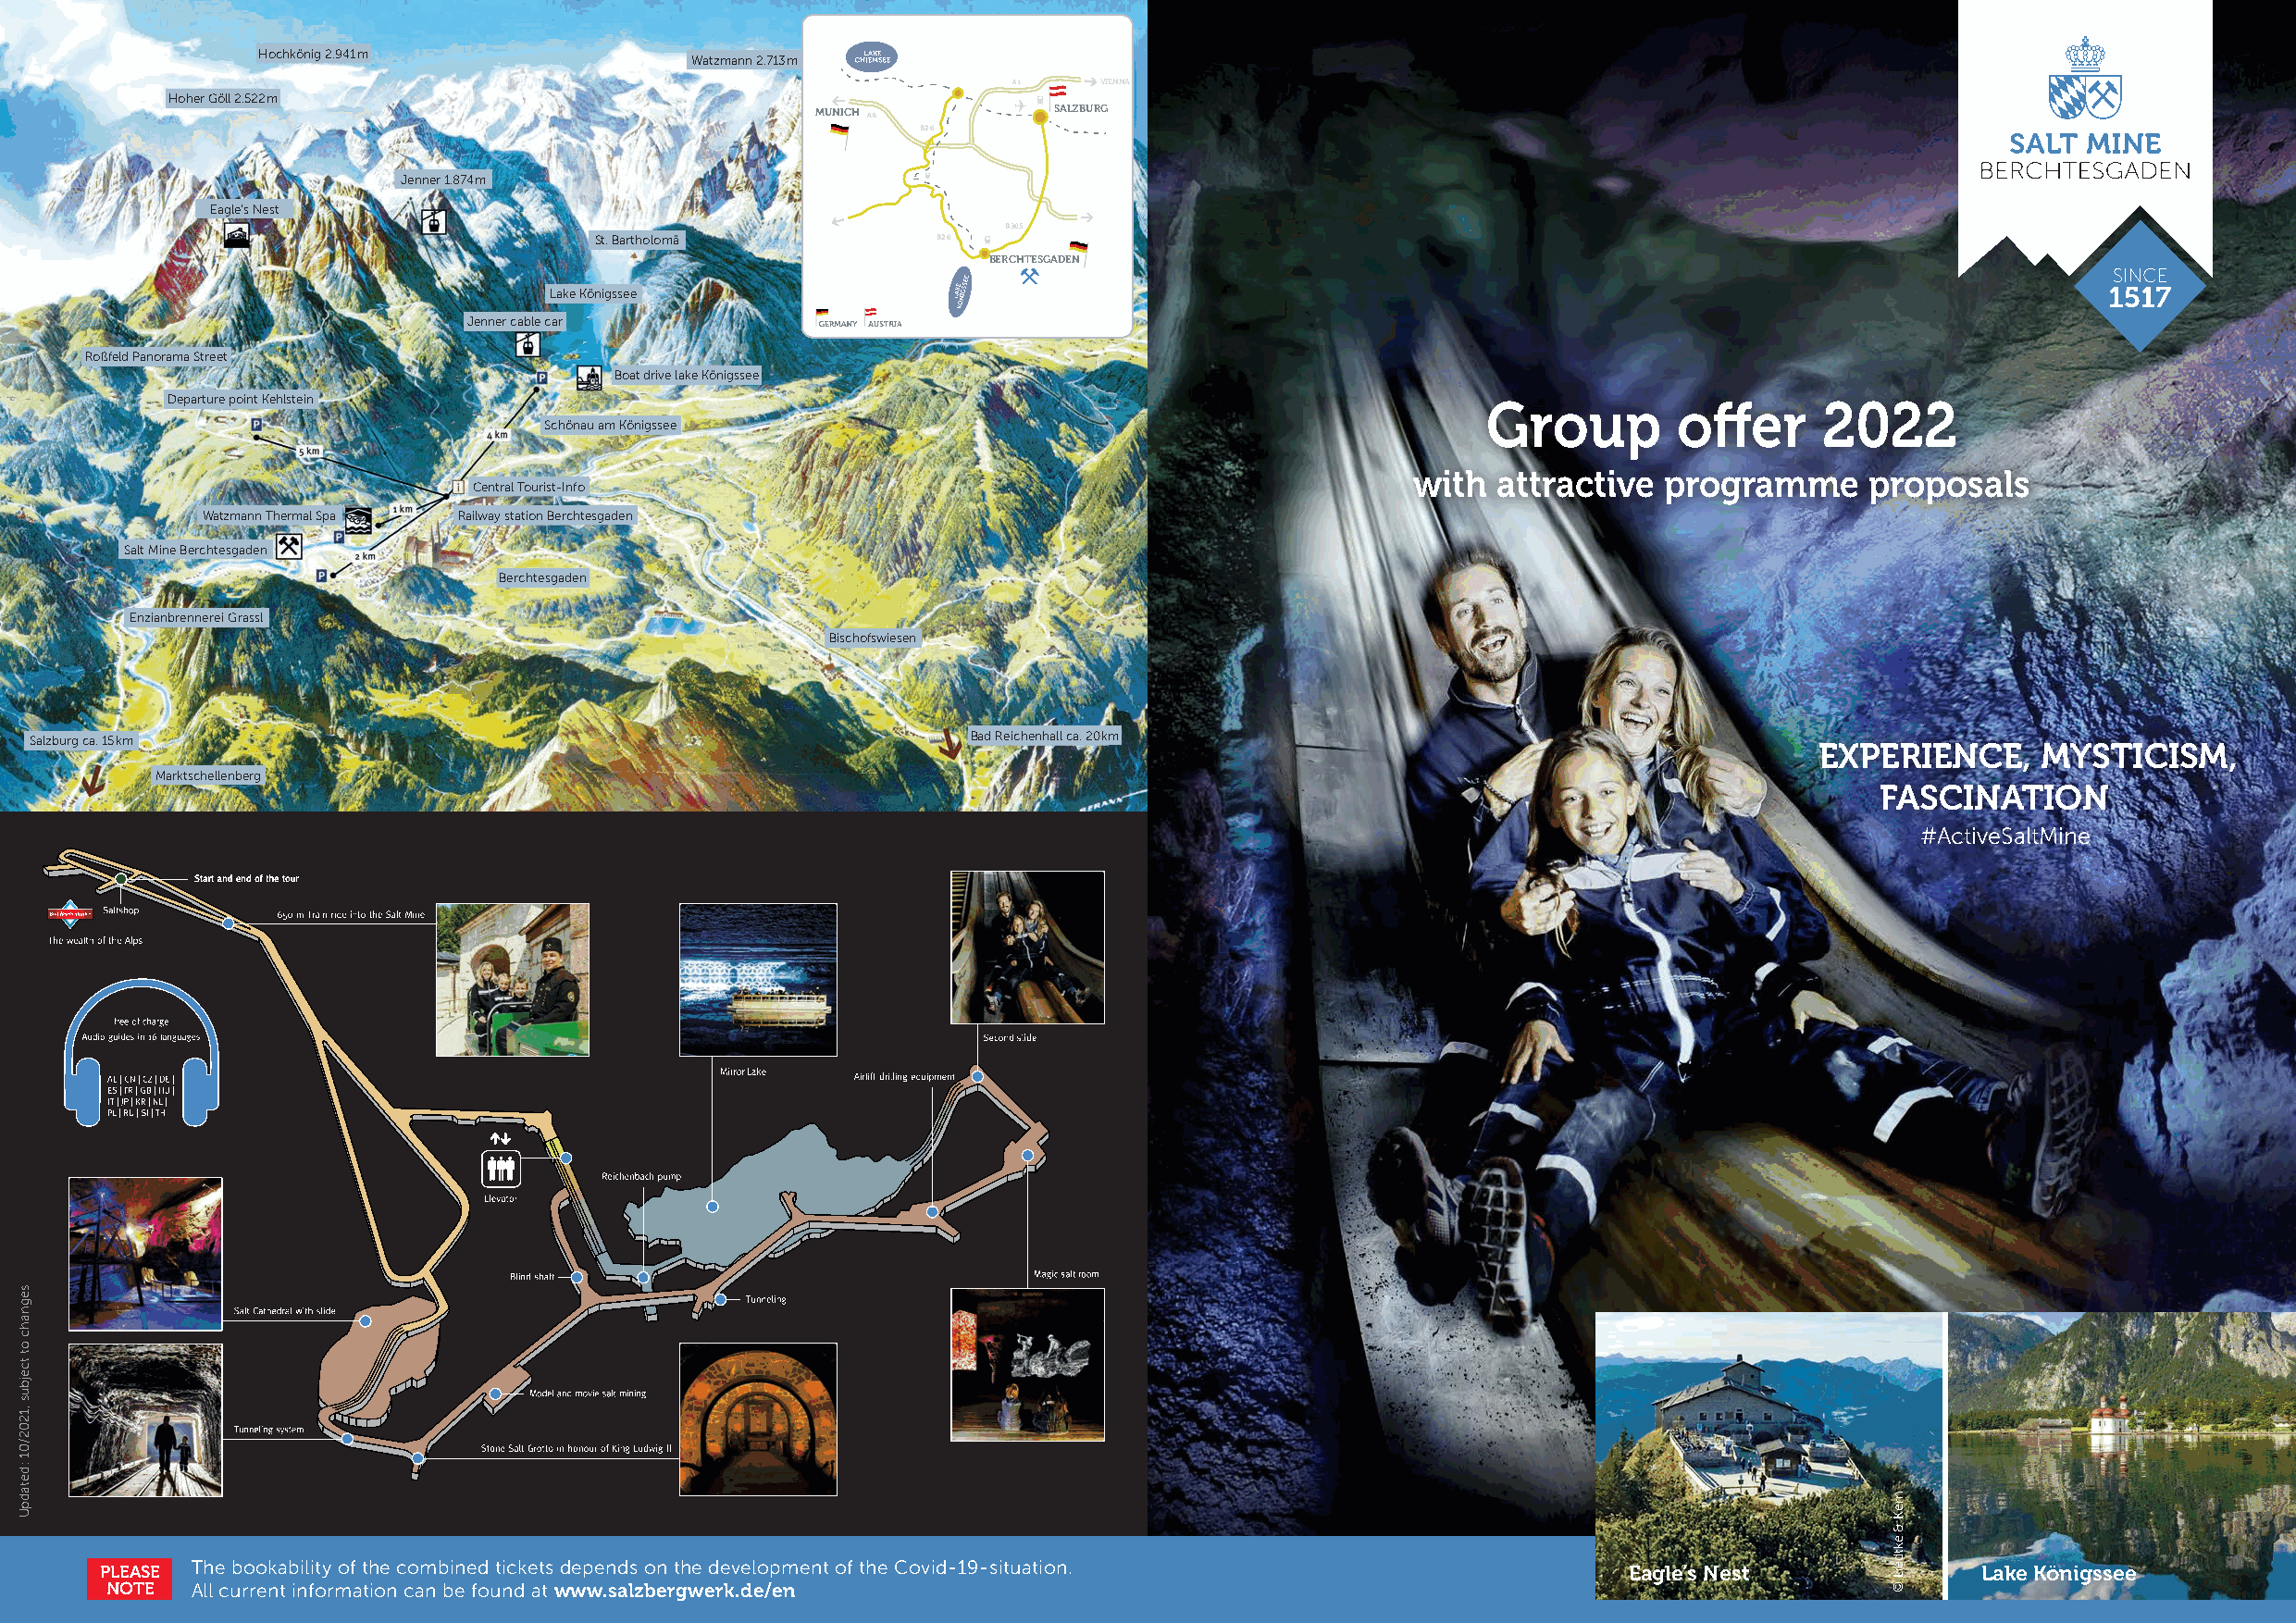
Hochkönig 2.941 m
 Watzmann 2.713 m
 VIENNA
 Hoher Göll 2.522 m
 MUNICH           SALZBURG
 BB2200
 Jenner 1.874 m
 Eagle‘s Nest
 BB330055
 St. Bartholomä          BB2200
 BERCHTESGADEN
 Lake Königssee
 Jenner cable car
 Roßfeld Panorama Street
 Boat drive lake Königssee
 Departure point Kehlstein                                                                     Group         offer     2022
 Schönau am Königssee
 with  attractive  programme      proposals
 Central Tourist-Info
 Watzmann Thermal Spa Railway station Berchtesgaden
 Salt Mine Berchtesgaden
 Berchtesgaden
 Enzianbrennerei Grassl
 Bischofswiesen
 Salzburg ca. 15 km                                                 Bad Reichenhall ca. 20 km
 EXPERIENCE,     MYSTICISM,
 Marktschellenberg
 FASCINATION
 #ActiveSaltMine
 PLEASE The bookability of the combined tickets depends on the development of the Covid-19-situation.          Eagle’s Nest             Lake Königssee
 NOTE  All current information can be found at www.salzbergwerk.de/en
 segnahc
 ot
 tcejbus
 ,1202/01
 :detadpU
 nreK
 &
 ektdeiL
 ©